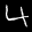
Label: 4